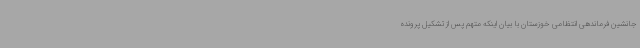
جانشین فرماندهی انتظامی خوزستان با بیان اینکه متهم پس از تشکیل پرونده